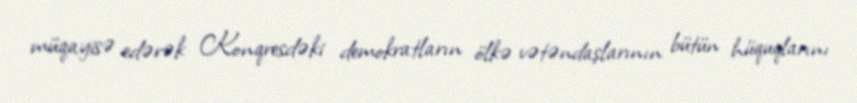
müqayisə edərək Konqresdəki demokratların ölkə vətəndaşlarının bütün hüquqlarını